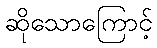
ဆိုသောကြောင့်